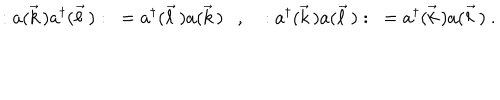
LaTeX: : a ( \vec { k } \, ) a ^ { \dagger } ( \vec { \ell } \, ) : \ = a ^ { \dagger } ( \vec { \ell } \, ) a ( \vec { k } \, ) \ \ \ , \ \ \ : a ^ { \dagger } ( \vec { k } \, ) a ( \vec { \ell } \, ) : \ = a ^ { \dagger } ( \vec { k } \, ) a ( \vec { \ell } \, ) \ .